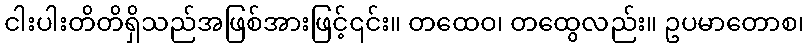
ငါးပါးတိတိရှိသည်အဖြစ်အားဖြင့်၎င်း။ တထေဝ၊ တထွေလည်း။ ဥပမာတောစ၊